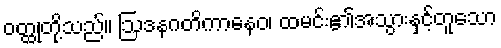
ဝတ္ထုတို့သည်။ ဩဒနဂတိကာနေဝ၊ ထမင်း၏အသွားနှင့်တူသော